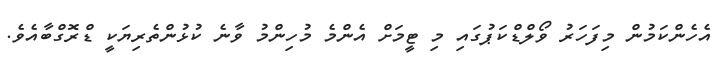
އެހެންކަމުން މިފަހަރު ވޯލްޑްކަޕުގައި މި ޓީމަށް އެންމެ މުހިންމު ވާނެ ކުޅުންތެރިޔަކީ ޑްރޮގްބާއެވެ.